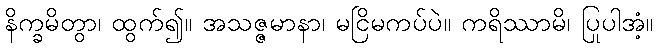
နိက္ခမိတွာ၊ ထွက်၍။ အသဇ္ဇမာနာ၊ မငြိမကပ်ပဲ။ ကရိဿာမိ၊ ပြုပါအံ့။